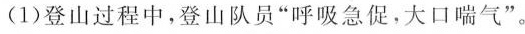
(1)登山过程中，登山队员”呼吸急促，大口喘气”。